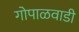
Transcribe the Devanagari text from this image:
गोपाळवाडी